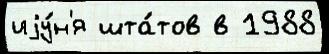
иjу́н'я шта́тов в 1988